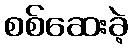
စစ်ဆေးခဲ့